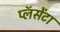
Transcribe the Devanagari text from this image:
प्लॅसेंटा